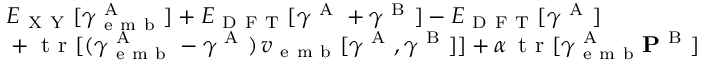
\begin{array} { r l } { \newline } & { { } E _ { \mathrm { ~ X ~ Y ~ } } [ \boldsymbol { \gamma } _ { \mathrm { ~ e ~ m ~ b ~ } } ^ { \mathrm { ~ A ~ } } ] + E _ { \mathrm { ~ D ~ F ~ T ~ } } [ \boldsymbol { \gamma } ^ { \mathrm { ~ A ~ } } + \boldsymbol { \gamma } ^ { \mathrm { ~ B ~ } } ] - E _ { \mathrm { ~ D ~ F ~ T ~ } } [ \boldsymbol { \gamma } ^ { \mathrm { ~ A ~ } } ] } \\ { \newline } & { { } + \mathrm { ~ t ~ r ~ } [ ( \boldsymbol { \gamma } _ { \mathrm { ~ e ~ m ~ b ~ } } ^ { \mathrm { ~ A ~ } } - \boldsymbol { \gamma } ^ { \mathrm { ~ A ~ } } ) \, \boldsymbol { v } _ { \mathrm { ~ e ~ m ~ b ~ } } [ \boldsymbol { \gamma } ^ { \mathrm { ~ A ~ } } , \boldsymbol { \gamma } ^ { \mathrm { ~ B ~ } } ] ] + \alpha \, \mathrm { ~ t ~ r ~ } [ \boldsymbol { \gamma } _ { \mathrm { ~ e ~ m ~ b ~ } } ^ { \mathrm { ~ A ~ } } \mathbf { P } ^ { \mathrm { ~ B ~ } } ] } \end{array}